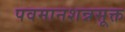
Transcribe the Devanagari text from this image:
पवमानशन्नसूक्त